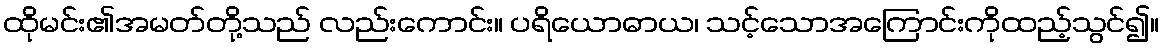
ထိုမင်း၏အမတ်တို့သည် လည်းကောင်း။ ပရိယောဓာယ၊ သင့်သောအကြောင်းကိုထည့်သွင်၍။